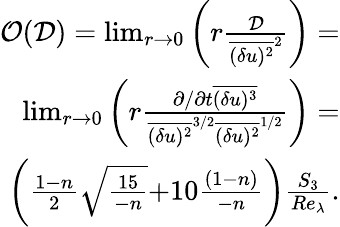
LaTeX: \begin{array}{r}{{\cal O}({\cal D})=\operatorname*{lim}_{r\rightarrow 0}\left(r\frac{{\cal D}}{\overline{{(\delta u)^{2}}}^{2}}\right)=}\\ {\operatorname*{lim}_{r\rightarrow 0}\left(r\frac{\partial/\partial t\overline{{(\delta u)^{3}}}}{\overline{{(\delta u)^{2}}}^{3/2}\overline{{(\delta u)^{2}}}^{1/2}}\right)=}\\ {\left(\frac{{1-n}}{2}\sqrt{\frac{{15}}{-n}}{+10\frac{{(1-n)}}{{-n}}}\right)\frac{S_{3}}{{{Re_{\lambda}}}}.}\end{array}